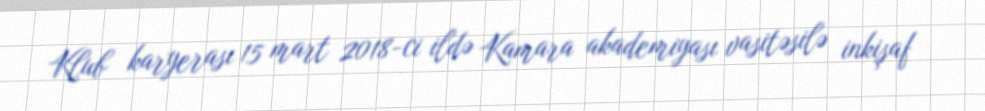
Klub karyerası 15 mart 2018-ci ildə Kamara akademiyası vasitəsilə inkişaf